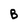
Character: B